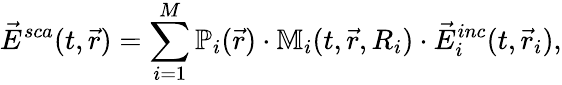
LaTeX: \vec{E}^{sca}(t,\vec{r})=\sum_{i=1}^{M}\mathbb{P}_{i}(\vec{r})\cdot\mathbb{M}_{i}(t,\vec{r},R_{i})\cdot\vec{E}_{i}^{inc}(t,\vec{r}_{i}),